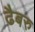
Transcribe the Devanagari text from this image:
ढैबरु